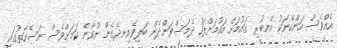
އެއްވެސް އަންހެނަކު އެނބުރި ގައުމަށް އައުމަށްފަހު ދެމަސްވަންދެން ބަލިވެއިނދެގެން ނުވާނޭ ކަމަށްވެސް ނަސޭހަތުގައި